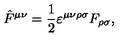
\hat { F } ^ { \mu \nu } = \frac { 1 } { 2 } \varepsilon ^ { \mu \nu \rho \sigma } F _ { \rho \sigma } ,